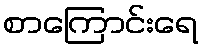
စာကြောင်းရေ